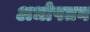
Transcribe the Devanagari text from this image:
अधोपतन